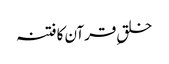
خلقِ قرآن کا فتنہ